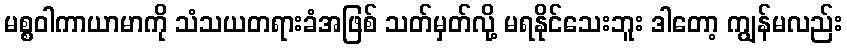
မစ္စဝါကာယာမာကို သံသယတရားခံအဖြစ် သတ်မှတ်လို့ မရနိုင်သေးဘူး ဒါတော့ ကျွန်မလည်း